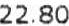
22.80